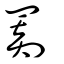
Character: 𦋺